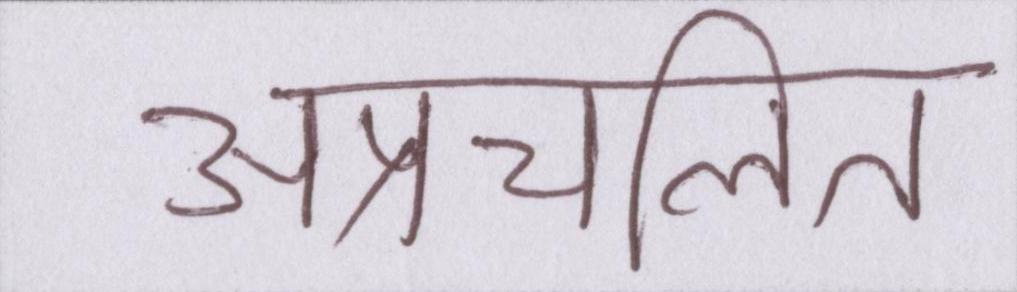
अप्रचलित